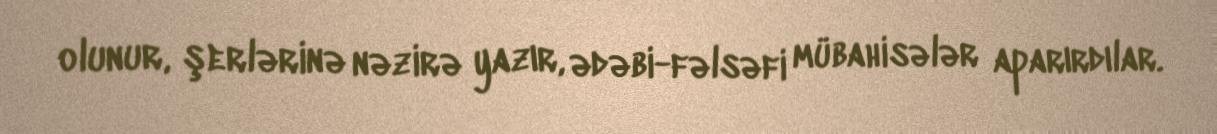
olunur, şerlərinə nəzirə yazır, ədəbi-fəlsəfi mübahisələr aparırdılar.